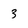
Character: 3